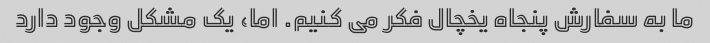
ما به سفارش پنجاه یخچال فکر می کنیم. اما، یک مشکل وجود دارد